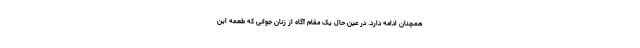
همچنان ادامه دارد. در عین حال یک مقام آگاه از زنان جوانی که طعمه این